Vaccination report Assam 1874-1896 - 1874-1896
Year: 1874
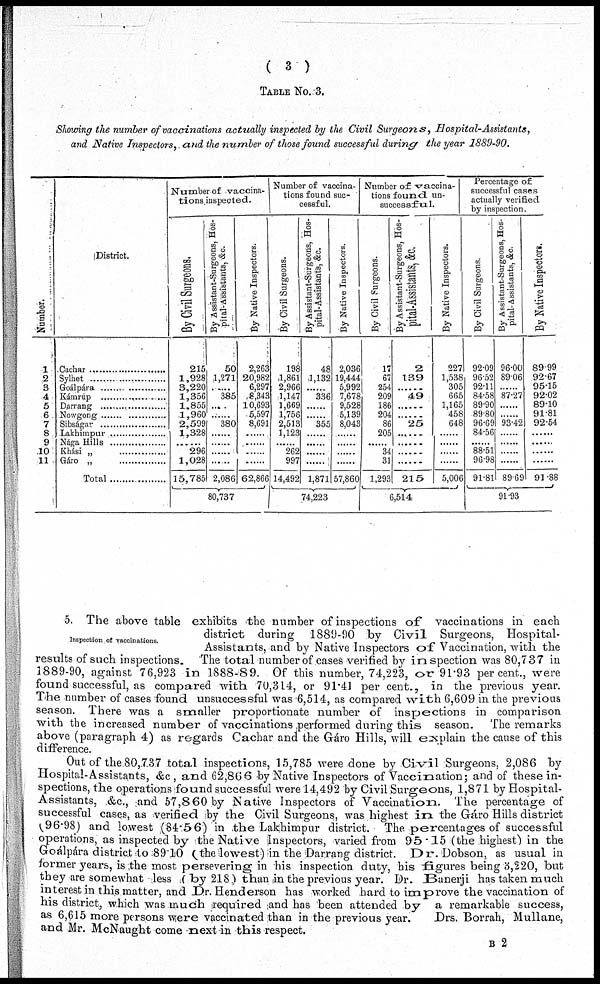
( 3 )
TABLE NO.3.
Showing the number of vaccinations actually inspected by the Civil Surgeons, Hospital-Assistants,
and Native Inspectors, and the number of those found successful during the year 1889-90.
Number.
1
2
3
4
5
6
7
8
9
10
11
District.
Cachar ..............
Sylhet ..............
Goálpára ..........
Kámrúp ..........
Darrang ..........
Nowgong ........
Sibságar ..........
Lakhimpur ..........
Nága Hills ..........
Khasi „ ..........
Gáro „ ..........
Total ... .... .........
Number of vaccina-
tions inspected.
By Civil Surgeons.
215
1,928
3,220
1,356
1,855
1,960
2,599
1,328
......
296
1,028
15,785
By Assistant-Surgeons, Hos-
pital-Assistants, &c.
50
1,271
......
385
......
......
380
......
......
......
......
2,086
By Native Inspectors.
2,263
20,982
6,297
8,343
10,693
5,597
8,691
......
......
......
......
62,866
80,737
Number of vaccina-
tions found suc-
cessful.
By Civil Surgeons.
198
1,861
2,966
1,147
1,669
1,756
2,513
1,123
......
262
997
14,492
By Assistant-Surgeons, Hos-
pital-Assistants, &c.
48
1,132
......
336
......
......
355
......
......
......
......
1,871
By Native Inspectors.
2,036
19,444
5,992
7,678
9,528
5,139
8,043
......
......
......
......
57,860
74,223
Number of vaccina-
tions found un-
successful.
By Civil Surgeons.
17
67
254
209
186
204
86
205
......
34
31
1,293
By Assistant-Surgeons, Hos-
pital-Assistants, &c,
2
139
......
49
......
......
25
......
......
......
215
By Native Inspectors.
227
1,538
305
665
1,165
458
648
......
......
......
......
5,006
6,514
Percentage of
successful cases
actually verified
by inspection.
By Civil Surgeons.
92.09
96.52
92.11
84.58
89.90
89.80
96.69
84.56
......
88.51
96.98
91.81
By Assistant-Surgeons, Hos-
pital-Assistants, &c.
96.00
89.06
......
87.27
......
93.42
......
......
......
......
89.69
By Native Inspectors.
89.99
92.67
95.15
92.02
89.10
91.81
92.54
......
......
......
......
91.88
91.93
Inspection of vaccinations.
5. The above table exhibits the number of inspections of vaccinations in each
district during 1889-90 by Civil Surgeons, Hospital-
Assistants, and by Native Inspectors of Vaccination, with the
results of such inspections. The total number of cases verified by inspection was 80,737 in
1889-90, against 76,923 in 1888-89. Of this number, 74,223, or 91.93 per cent., were
found successful, as compared with. 70,314, or 91.41 per cent., in the previous year.
The number of cases found unsuccessful was 6,514, as compared with 6,609 in the previous
season. There was a smaller proportionate number of inspections in comparison
with the increased number of vaccinations performed during this season. The remarks
above (paragraph 4) as regards Cachar and the Gáro Hills, will explain the cause of this
difference.
Out of the 80,737 total inspections, 15,785 were done by Civil Surgeons, 2,086 by
Hospital-Assistants, &c., and 62,866 by Native Inspectors of Vaccination; and of these in-
spections, the operations found successful were 14,492 by Civil Surgeons, 1,871 by Hospital-
Assistants, &c., and 57,860 by Native Inspectors of Vaccination. The percentage of
successful cases, as verified by the Civil Surgeons, was highest in the Gáro Hills district
(96.98) and lowest (84.56) in the Lakhimpur district. The percentages of successful
operations, as inspected by the Native Inspectors, varied from 95*15 (the highest) in the
Goálpára district to 89.10 ( the lowest) in the Darrang district. Dr.Dobson, as usual in
former years, is ,the most persevering in his inspection duty, his figures being 3,220, but
they are somewhat less ( by 218) than in the previous year. Dr. Banerji has taken, much
interest in this matter, and Dr. Henderson has worked hard to improve the vaccination of
his district, which was much required and has been attended by a remarkable success,
as 6,615 more persons were vaccinated than in the previous year.
Drs. Borrah, Mullane,
and Mr. McNaught come next in this respect.
B 2